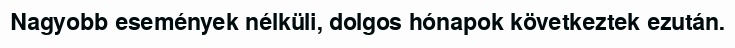
Nagyobb események nélküli, dolgos hónapok következtek ezután.